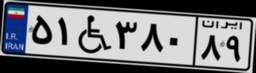
۵۱W۳۸۰۸۹